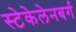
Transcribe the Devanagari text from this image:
स्टेकेलेनबर्ग